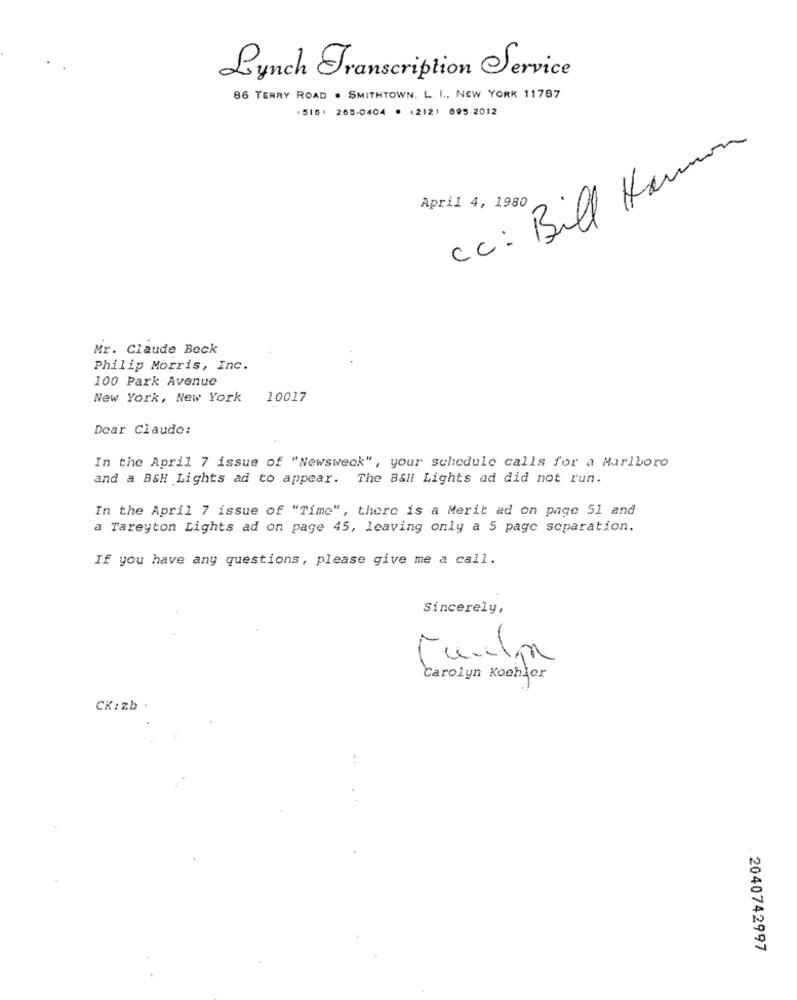
Lynch Transcription Service
86 TERRY ROAD . SMITHTOWN. L. I ., NEW YORK 11787
.516 . 265-0404 . (212) 895-2012
Cc: Bill Hamon
April 4, 1980
Mr. Claude Beck
Philip Morris, Inc.
100 Park Avenue
New York, New York
10017
Dear Claude:
In the April 7 issue of "Newsweok", your schedule calls for a Marlboro
and a B&H Lights ad to appear. The Ball Lights ad did not run.
In the April 7 issue of "Time", there is a Merit ad on page 51 and
a Tareyton Lights ad on page 45, leaving only a 5 page separation.
If you have any questions, please give me a call.
Sincerely,
Carolyn Koehler
CK:zb .
2040742997